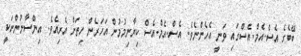
ބޭބެގެ އެސް.އެމް.އެސްގައި ވަނީ އެހެންނެވެ. އެސް.އެމް.އެސް ކިޔާނިމުމުން އަހަރެން ހިތަށް އެރިއެވެ. އިންސާނުންނަކީ